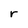
Character: r